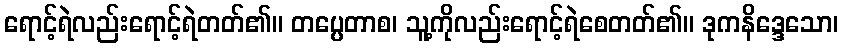
ရောင့်ရဲလည်းရောင့်ရဲတတ်၏။ တပ္ပေတာစ၊ သူ့ကိုလည်းရောင့်ရဲစေတတ်၏။ ဒုကနိဒ္ဒေသော၊